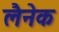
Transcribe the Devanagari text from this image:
लैनेक